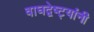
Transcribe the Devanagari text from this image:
वाघद्वेष्ट्यांनी